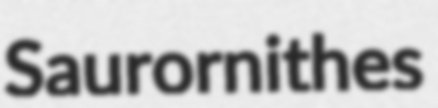
Saurornithes